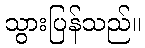
သွားပြန်သည်။